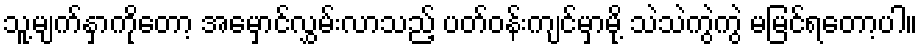
သူ့မျက်နှာကိုတော့ အမှောင်လွှမ်းလာသည့် ပတ်ဝန်းကျင်မှာမို့ သဲသဲကွဲကွဲ မမြင်ရတော့ပါ။